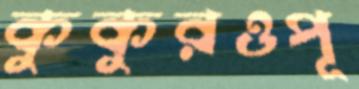
কুকুরওপূ